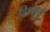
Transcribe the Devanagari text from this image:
विश्वायु